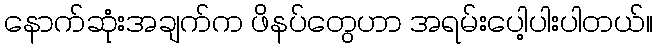
နောက်ဆုံးအချက်က ဖိနပ်တွေဟာ အရမ်းပေါ့ပါးပါတယ်။